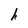
Character: h